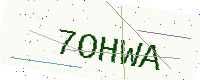
Text: 7OHWA